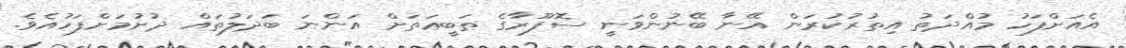
އެއަށްފަހު މުއްދަތު އިތުރުކުރަން އޭނާ ބޭނުންވަނީ ސޮފޫރާގެ ޠަބީޢަތަށް އަންނަ ބަދަލުތައް ދުށުމަށްފަހުއެވެ.